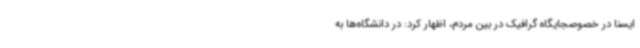
ایسنا در خصوصجایگاه گرافیک در بین مردم، اظهار کرد: در دانشگاه‌ها به